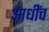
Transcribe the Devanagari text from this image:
आधींच